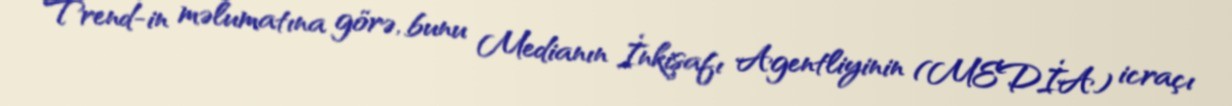
Trend-in məlumatına görə, bunu Medianın İnkişafı Agentliyinin (MEDİA) icraçı